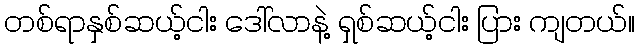
တစ်ရာနှစ်ဆယ့်ငါး ဒေါ်လာနဲ့ ရှစ်ဆယ့်ငါး ပြား ကျတယ်။